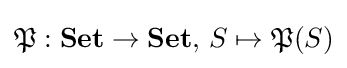
{\mathfrak {P}}:\mathbf {Set} \to \mathbf {Set} ,\,S\mapsto {\mathfrak {P}}(S)